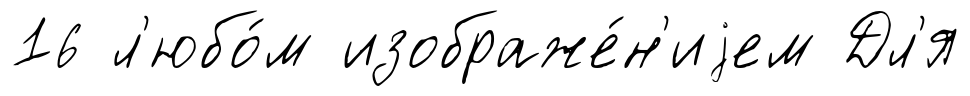
16 л'юбо́м изображе́н'иjем Дл'я